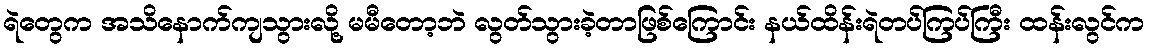
ရဲတွေက အသိနောက်ကျသွားလို့ မမီတော့ဘဲ လွတ်သွားခဲ့တာဖြစ်ကြောင်း နယ်ထိန်းရဲတပ်ကြပ်ကြီး ထန်းလွင်က